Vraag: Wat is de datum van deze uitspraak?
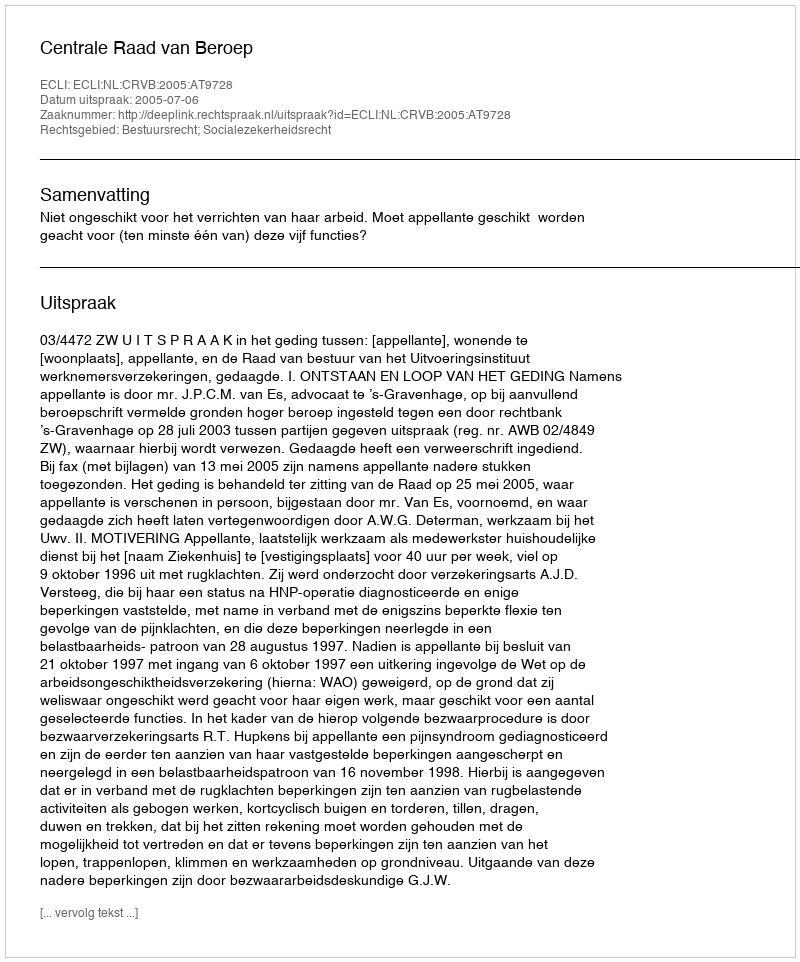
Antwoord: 2005-07-06